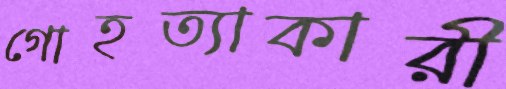
গোহত্যাকারী